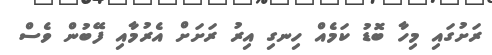
ރަށުގައި މިހާ ބޮޑު ކަމެއް ހިނގި އިރު ރަށަށް އެރުމާއި ފޭބުން ވެސް